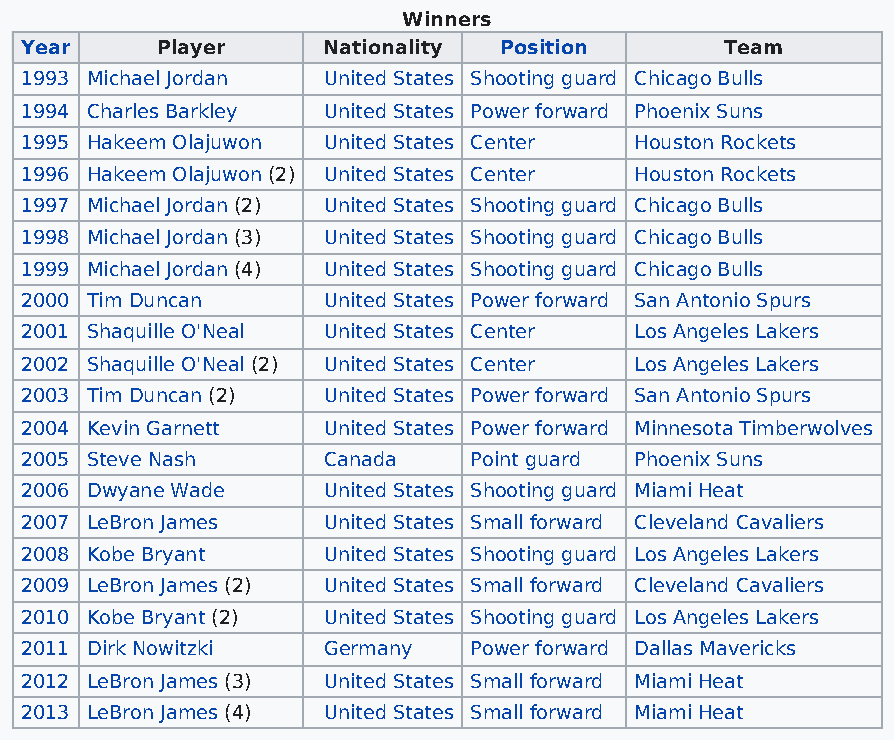
Winners
 Year     Player     Nationality Position       Team
 1993 Michael Jordan United States Shooting guard Chicago Bulls
 1994 Charles Barkley United States Power forward Phoenix Suns
 1995 Hakeem Olajuwon United States Center Houston Rockets
 1996 Hakeem Olajuwon (2) United States Center Houston Rockets
 1997 Michael Jordan (2) United States Shooting guard Chicago Bulls
 1998 Michael Jordan (3) United States Shooting guard Chicago Bulls
 1999 Michael Jordan (4) United States Shooting guard Chicago Bulls
 2000 Tim Duncan     United States Power forward San Antonio Spurs
 2001 Shaquille O'Neal United States Center Los Angeles Lakers
 2002 Shaquille O'Neal (2) United States Center Los Angeles Lakers
 2003 Tim Duncan (2) United States Power forward San Antonio Spurs
 2004 Kevin Garnett  United States Power forward Minnesota Timberwolves
 2005 Steve Nash     Canada    Point guard Phoenix Suns
 2006 Dwyane Wade    United States Shooting guard Miami Heat
 2007 LeBron James   United States Small forward Cleveland Cavaliers
 2008 Kobe Bryant    United States Shooting guard Los Angeles Lakers
 2009 LeBron James (2) United States Small forward Cleveland Cavaliers
 2010 Kobe Bryant (2) United States Shooting guard Los Angeles Lakers
 2011 Dirk Nowitzki  Germany   Power forward Dallas Mavericks
 2012 LeBron James (3) United States Small forward Miami Heat
 2013 LeBron James (4) United States Small forward Miami Heat